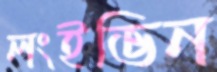
লংইভিন